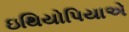
ઇથિયોપિયાએ